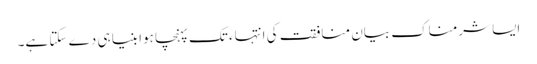
ایسا شرمناک بیان منافقت کی انتہاء تک پہنچا ہوا بنیا ہی دے سکتا ہے۔